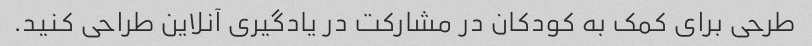
طرحی برای کمک به کودکان در مشارکت در یادگیری آنلاین طراحی کنید.